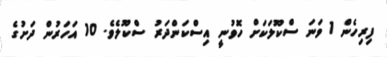
ފިރިހެން 1 ވަނަ ސްކޫލަކަށް ހޮވުނީ އިސްކަންދަރު ސްކޫލެވެ. 10 އަހަރުން ދަށުގެ